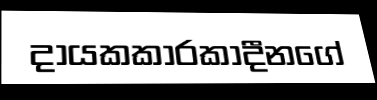
දායකකාරකාදීනගේ